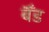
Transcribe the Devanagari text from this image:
बॅँंड